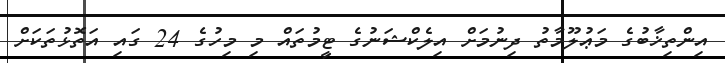
އިންތިޚާބުގެ މަޢުލޫމާތު ދިނުމަށް އިލެކްޝަނުގެ ޓީމުތައް މި މިހުގެ 24 ގައި އަތޮޅުތަކަށް